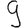
Digit: 9